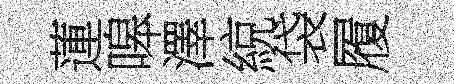
蓮嗥澤綂袋履